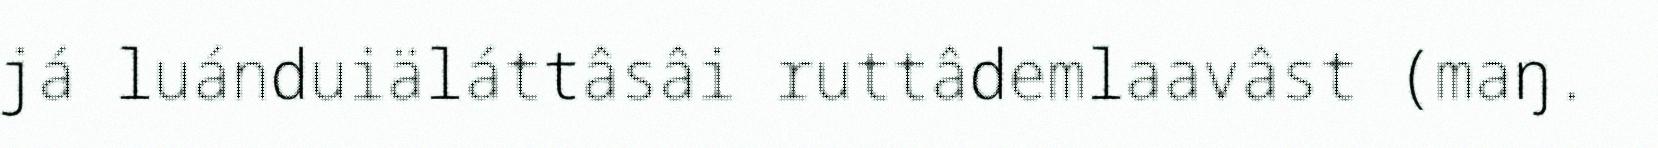
já luánduiäláttâsâi ruttâdemlaavâst (maŋ.